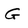
Character: G